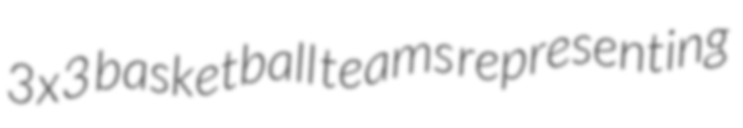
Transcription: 3x3 basketball teams representing